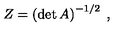
Z = \left( \det A \right) ^ { - 1 / 2 } \: ,